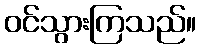
ဝင်သွားကြသည်။